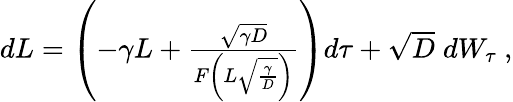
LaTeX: \begin{array}{r}{dL=\left(-\gamma L+\frac{\sqrt{\gamma D}}{F\left(L\sqrt{\frac{\gamma}{D}}\right)}\right)d\tau+\sqrt{D}\; dW_{\tau}\ ,}\end{array}